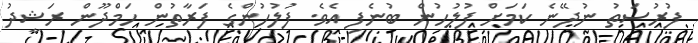
ފުރުސަތު ނުދޭނެ ކަމަށް ފުލުހުން ބުނެފި އެވެ. ފުލުހުންގެ ފަރާތުން ހަމްދޫން ރަޝީދު